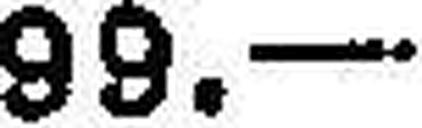
99.—